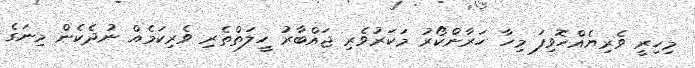
މިހިރީ ވެރިޔެއްހޮވިފަ މިހާ ހަރާންކޯރު މަކަރުވެރި ޖައްބާރު ހީލަތްތެރި ވެރިކަމެއް ނުދެކެން މިނަގެ